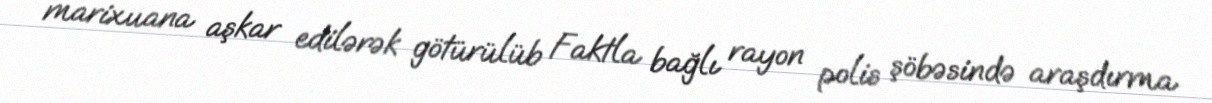
marixuana aşkar edilərək götürülüb Faktla bağlı rayon polis şöbəsində araşdırma